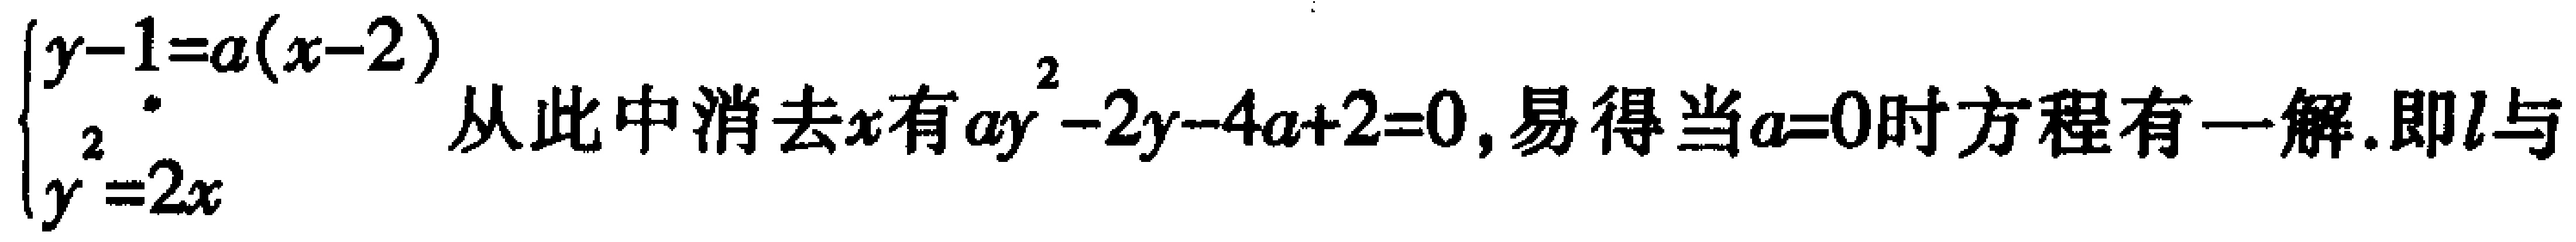
$\begin{cases}y - 1 = a(x - 2)\\y^{2}=2x\end{cases}$. 从此中消去$x$有$ay^{2}-2y - 4a + 2 = 0$, 易得当$a = 0$时方程有一解. 即$l$与